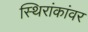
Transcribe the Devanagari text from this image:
स्थिरांकांवर